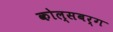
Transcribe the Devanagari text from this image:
कोल्सबर्ग